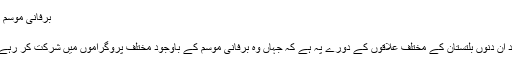
برفانی موسم میں مقدس روضوں کا وفد بلتستان کے دورے پہ.....
06/04/2017 22:35
ہفتہ ثقافت نسیم کربلا میں شرکت کے لیے گیا ہوا وفد ان دنوں بلتستان کے مختلف علاقوں کے دورے پہ ہے کہ جہاں وہ برفانی موسم کے باوجود مختلف پروگراموں میں شرکت کر رہے ہیں اور یہاں رہنے والے مومنین سے مل رہے ہیں۔